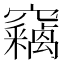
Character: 竊